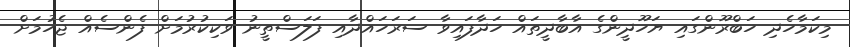
މިކަމާހެދި ހަބްރޫންގައި ޔަހޫދީންގެ އާބާދީތައް ހަދާފައިވާ ސަރަހައްދާއި ފަލަސްތީނު ވަކިކުރުމަށް ފެންސެއް ޖެހުމަށް